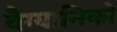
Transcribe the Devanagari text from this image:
वैग्यानिको